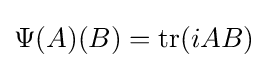
\Psi (A)(B)=\mathrm {tr} (iAB)